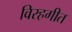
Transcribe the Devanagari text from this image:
विरहगीत